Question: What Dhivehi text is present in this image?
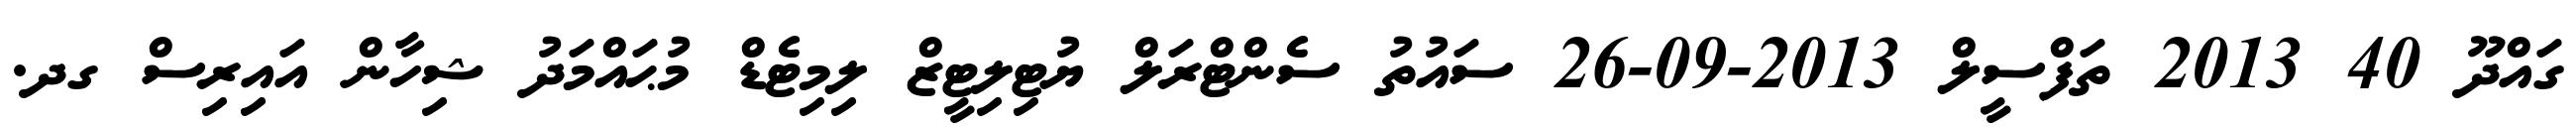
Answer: ގައްދޫ 40 2013 ތަފްސީލް 2013-09-26 ސައުތު ސެންޓްރަލް ޔުޓިލިޓީޒް ލިމިޓެޑް މުޙައްމަދު ޝިހާން އައިރިސް ގދ.